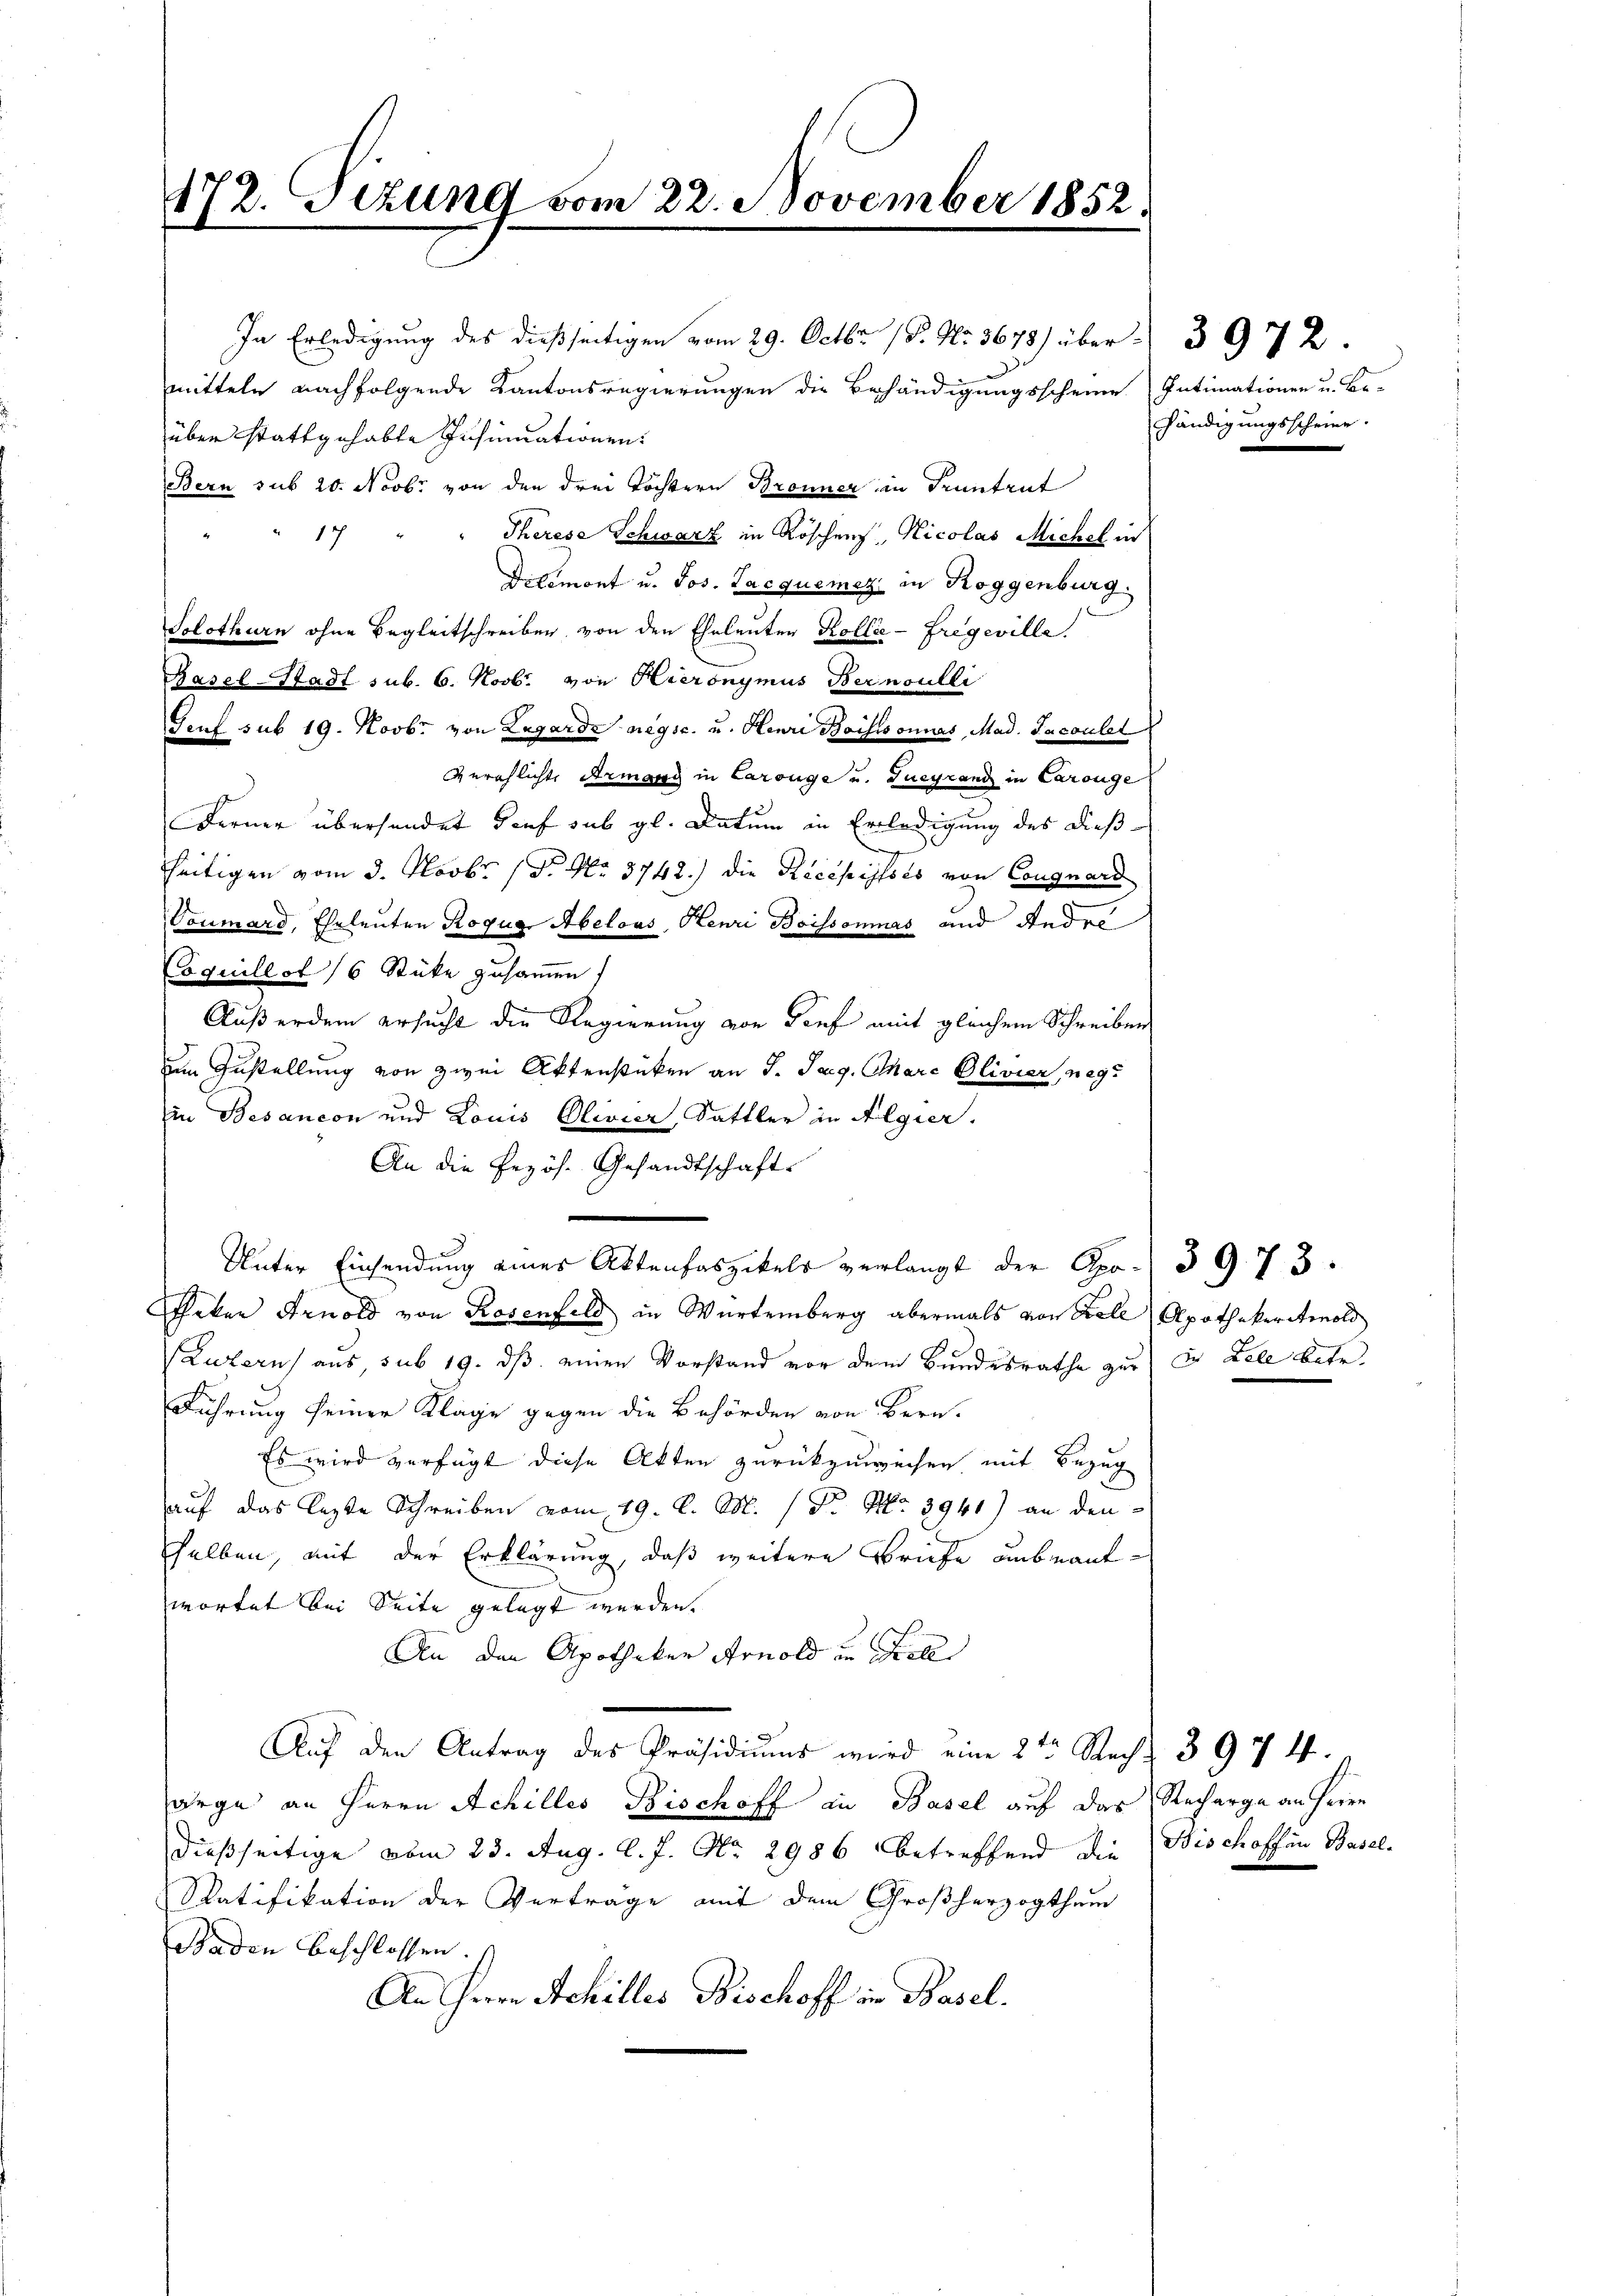
172. Stund vom 22. November 1852
d

mitteln nachfolgende Kantonsregierungen die Behändigungsscheine Intimationen u. Be-
über stattgehabte Insinuationen:
Bern sub 20. Novbr. von den drei Töchtern Bronner in Truntrut
17
Therese Schwarz in Röschen, Nicolas Michel in
Dilemont u. Jos. Jacquemez in Roggenburg.
Solothurn ohne Begleitschreiben von den Eheleuten Kollie-Fregeville.
Basel-Stadt sub. 6. Novbr. von Hieronymus Bernoulli
Genf sub 19. Novbr. von Legarde negsc. u. Henri Boisisonnas, Mad. Tacoulet
Gerechlichte Armang in Larouge und Zueyrand in Carouge
Ferner überhandet darf sub gl. Datum in Erledigung des dießseitigen vom 3. Novbr. 18. No. 3742.) die Recepisses von Congnard
Toumard, Eheleuten Rogug Abelous, Henri Boissonmas und Andre
Coquillot /6 Stücke zusammen
Außerdem ersucht die Regierung von Tief mit gleichem Schreiben
um Zustellung von zwei Aktenstücken an J. Tag. Charc Olivier, neg
in Besancon und Louis Olivier, Sattler in Algier.
An die Fezös. Gesandtschaft.
Unter Einsendung eines Aktenfaszikels verlangt der Apo. 39. 73.
Shaken Arnold von Rosenfeld in Würtemberg abermals von Fell Apothekeritinold
Luzern aus, sub 19. dß einen Vorstand vor dem Bundesrathe zu in Lele betr.
Führung seiner Klage gegen die Behörden von Bern.
Es wird verfügt diese Akten zurückzuweisen mit Bezug
auf das lezte Schreiben vom 19. d. M. (Dr. No 3941) an den
selben, mit der Erklärung, daß weitere Briefe unbeantwortet bei Seite gelegt werden.
An den Apotheker Arnold in Koll
Auf den Antrag des Präsidiŭms wird eine 2ten Recht 397 4.
arge an Herrn Achilles Bischoff an Basel auf das Recharge an Herrn
dießseitige vom 23. Aug. l. J. No. 2986 betreffend die
Ratifikation der Verträge mit dem Großherzogthum
Baden beschlossen.
An Herrn Achilles Bischoff in Basel.

In Erledigung des dießseitigen vom 29. Octbr. 18. No. 3678) über 3972.

händigungsscheine.

Bischoffen Basel-